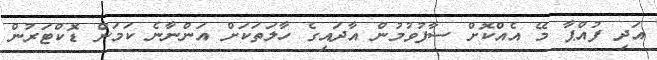
އަދި ފުއްޕާ މޭ އެއްކޮށް ސާފުވުމުން އާދައިގެ ހާލަތަކަށް އަންނާނެ ކަމަށް ޑޮކްޓަރުން